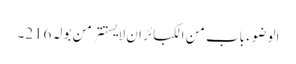
الوضوء باب من الکبائر ان لا یستتر من بولہ 216۔